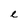
Character: e